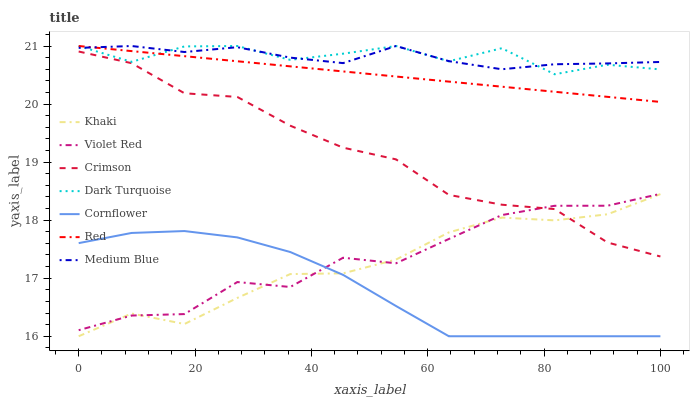
| xaxis_label | Khaki | Violet Red | Crimson | Dark Turquoise | Cornflower | Red | Medium Blue |
 | --- | --- | --- | --- | --- | --- | --- | --- |
 | 0 | 16 | 16.1 | 20.9 | 21 | 17.6 | 21 | 21 |
 | 9.09 | 16.4 | 16.4 | 20.7 | 20.7 | 17.8 | 20.9 | 21 |
 | 18.2 | 16.2 | 16.4 | 20.2 | 21 | 17.8 | 20.8 | 20.9 |
 | 27.3 | 16.7 | 16.9 | 20.1 | 21 | 17.7 | 20.7 | 21 |
 | 36.4 | 17.1 | 16.8 | 19.6 | 20.8 | 17.5 | 20.6 | 20.8 |
 | 45.5 | 17.1 | 17.4 | 19.2 | 20.9 | 17.1 | 20.6 | 20.7 |
 | 54.5 | 17.3 | 17.3 | 19 | 21 | 16.5 | 20.5 | 21 |
 | 63.6 | 17.8 | 17.7 | 18.4 | 20.7 | 16 | 20.4 | 20.7 |
 | 72.7 | 18 | 18.1 | 18.3 | 21 | 16 | 20.3 | 20.6 |
 | 81.8 | 18 | 18.2 | 18.2 | 20.5 | 16 | 20.2 | 20.7 |
 | 90.9 | 18.1 | 18.2 | 17.6 | 20.7 | 16 | 20.1 | 20.7 |
 | 100 | 18.4 | 18.5 | 17.4 | 20.6 | 16 | 20 | 20.7 |